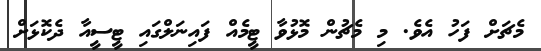
މެޗަށް ފަހު އެވެ. މި މެޗުން މޮޅުވާ ޓީމެއް ފައިނަލްގައި ޓީސީއާ ދެކޮޅަށް